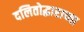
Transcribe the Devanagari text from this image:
दलितोद्धाराच्या